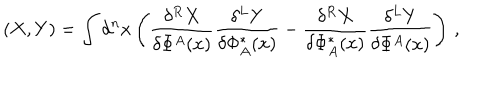
( X , Y ) = \int d ^ { n } x \left( \frac { \delta ^ { R } X } { \delta \Phi ^ { A } ( x ) } \frac { \delta ^ { L } Y } { \delta \Phi _ { A } ^ { * } ( x ) } - \frac { \delta ^ { R } X } { \delta \Phi _ { A } ^ { * } ( x ) } \frac { \delta ^ { L } Y } { \delta \Phi ^ { A } ( x ) } \right) \, ,